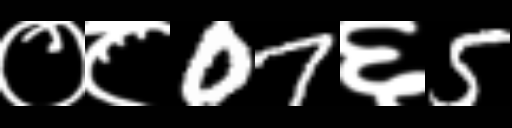
Text: ०८07६5